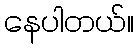
နေပါတယ်။